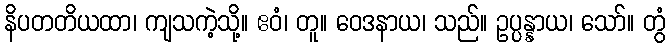
နိပတတိယထာ၊ ကျသကဲ့သို့။ ဧဝံ၊ တူ။ ဝေဒနာယ၊ သည်။ ဥပ္ပန္နာယ၊ သော်။ တွံ